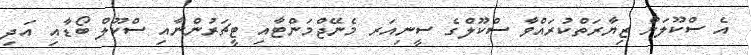
އެ ސްކޫލަށް ޒިޔާރަތްކުރައްވާ ސްކޫލްގެ ސީނިއަރ މެނޭޖްމަންޓާއި ޓީޗަރުންނާއި ސްކޫލް ބޯޑާއި އަދި